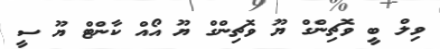
ވިލް ބީ ވޮޗިންގް ޔޫ ވޮޗިންގް ޔޫ އޯއް ކާންޓް ޔޫ ސީ